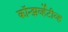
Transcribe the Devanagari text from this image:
कॉन्झर्व्हेटीव्ह